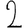
Digit: 2